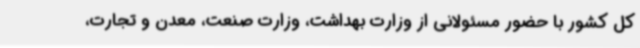
کل کشور با حضور مسئولانی از وزارت بهداشت، وزارت صنعت، معدن و تجارت،